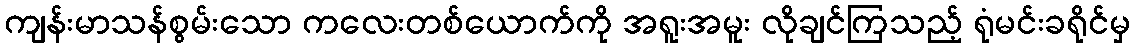
ကျန်းမာသန်စွမ်းသော ကလေးတစ်ယောက်ကို အရူးအမူး လိုချင်ကြသည့် ရုံမင်းခရိုင်မှ